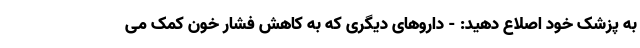
به پزشک خود اصلاع دهید: - داروهای دیگری که به کاهش فشار خون کمک می